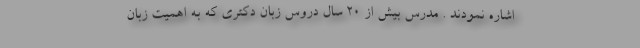
اشاره نمودند . مدرس بیش از 20 سال دروس زبان دکتری که به اهمیت زبان